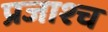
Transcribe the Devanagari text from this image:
प्रजाश्‍च